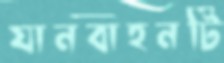
যানবাহনটি